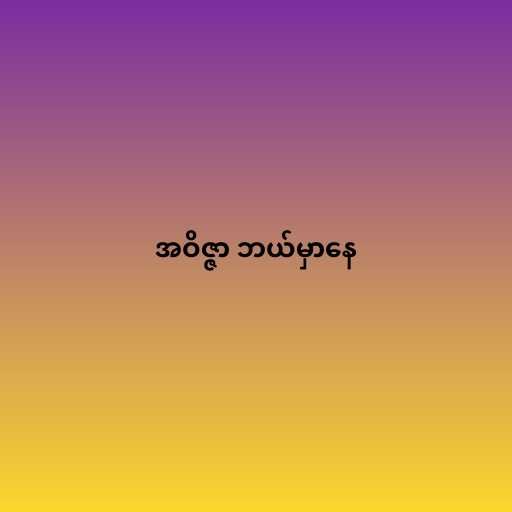
အဝိဇ္ဇာ ဘယ်မှာနေ